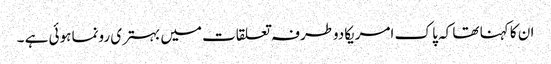
ان کا کہنا تھا کہ پا ک امریکادوطرفہ تعلقات میں بہتری رونما ہوئی ہے ۔